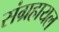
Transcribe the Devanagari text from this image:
संग्रहायल